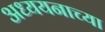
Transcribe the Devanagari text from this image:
अध्ययनाच्या